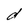
Character: d